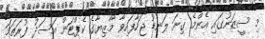
މި ސީޒަނުގައި އެންމެ ގިނަ ލަނޑު ޖަހާފައިވާ މާޒިޔާގެ ކެޕްޓަން އަސަދު ފުރަތަމަ